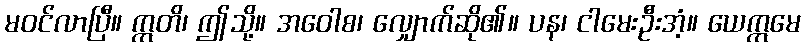
မဝင်လာပြီ။ ဣတိ၊ ဤသို့။ အဝေါစ၊ လျှောက်ဆို၏။ ပန၊ ငါမေးဦးအံ့။ ယေဣမေ